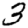
Digit: 3